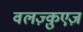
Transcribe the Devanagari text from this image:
वलज़्क़ुएज़